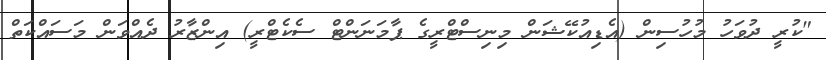
"ކުރީ ދުވަހު މުހުސިން (އެޑިއުކޭޝަން މިނިސްޓްރީގެ ޕާމަނަންޓް ސެކެޓްރީ) އިންޒާރު ދެއްވަން މަސައްކަތް